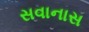
સવાનાસ